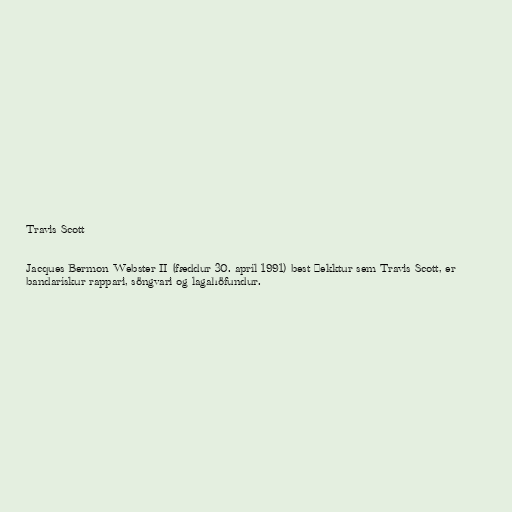
Travis Scott

Jacques Bermon Webster II (fæddur 30. apríl 1991) best þekktur sem Travis Scott, er
bandarískur rappari, söngvari og lagahöfundur.